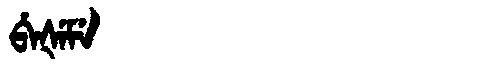
Manchu: ᠪᡝᡧᡝᠮᡝ
Romanization: BEŠEME